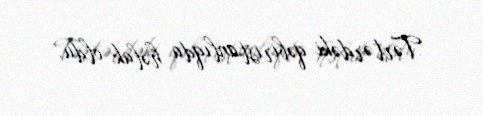
Tərtərdəki qəbiristanlıqda həlak oldu.